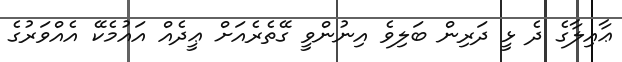
ޢާއިލާގެ ދެ ޅީ ދަރިން ބަލިވެ އިނުންވީ ގޭތެރެއަށް ޢީދެއް އައުމެކޭ އެއްވަރުގެ